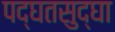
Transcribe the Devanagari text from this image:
पद्घतसुद्घा